King Institute of Preventive Medicine Micro-Biological Section reports 1909-11
Year: 1909
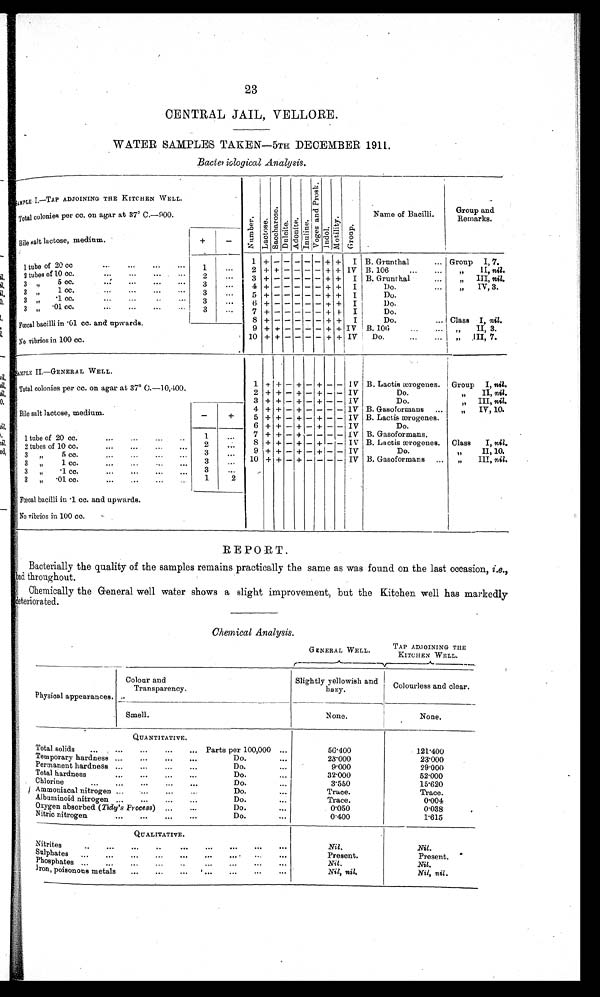
23
CENTRAL JAIL, VELLORE.
WATER SAMPLES TAKEN—5TH DECEMBER 1911.
Bacteriological Analysis .
SAMPLE I.—TAP ADJOINING THE KITCHEN WELL.
N u m b e r . La c t os e . S a c c h a r o s e . D u l c i t e .
A d o n i t e .
I n u l i n e . V o g e s a n d P r o s k .
I n d o l . Mot i l i t y. Group.
Name of Bacilli.
Group and
Remarks.
Total colonies per cc, on agar at 37° C .—900.
Bile salt lactose, medium.
+
-
1 tube of 20 cc
1
. . .
1 + - - - - - + + I B. Grunthal
... Group I, 7.
2 + + - - - - + + IV B. 106
„ I I ,
n i l .
2 tubes of 10 cc.
2
. . .
3 + -
- - - - + + I B. Grunthal
...
„
III, nil.
3 „
5 cc.
3
. . .
4 + -
- - - - + + I
Do.
„
IV, 3.
3 „ 1 cc.
...
... 3
. . .
5 + -
- - - - + +
I
Do.
3 „ .1 cc.
...
...
.. ...
3
. . .
6 + -
- - - -
+ +
I
Do.
3 „ .01 cc.
...
...
...
3
. . . 7 + -
- - - - + +
I
Do.
8 + -
- - - - + + I
Do.
... Class I, nil.
Fœcal bacilli in .01 c c . a n d u p wa r d s .
9 + + - - - -
+ + IV
B . 1 0 6 „ II, 3.
No vibrios in 100 cc.
10 + + - - - - + + IV Do.
...
... „ III, 7.
SAMPLE II.—GENERAL WELL.
1
+ +
- +
- +
- - IV B. Lactis ærogenes. Group I , nil.
Total colonies per cc. on agar at 37° C.—10,400.
2 + + - + - + - - IV
D o .
„ II, nil.
3
+
+ - + - + - - IV
Do.
„ I I I ,
n i l .
Bile salt lactose, medium.
-
+
4
+ + - + - - - - IV B. Gasoformans
„ IV, 10
5 + + - + - + - - IV B. Lactis ærogenes.
6 + + - + - + - - IV
Do.
1 tube of 20 cc....
...
. . .
1
. . .
7 + + - + - - - - IV B. Gasoformans.
.
8 + + - + - + - - IV B. Lactis ærogenes . Class I, nil.
2 tubes of 10 cc.
...
...
...
. . .
2
. . .
9 + + - + - + - - IV
Do.
„ II, 10.
3 „ 5 cc.
...
...
.... ...
3
. . .
10 + + - + - - - - IV B. Gasoformans ... „
III, nil.
3 „ 1 cc.
...
...
...
3 „ .1 cc.
...
...
...
...
3
...
3 „ .01 cc.
...
...
. . .
1
2
Fœcalb a c i l l ii
n . 1 c c .
a n d
upwards.
No vibrios in 100 cc.
REPORT.
Bacterially the quality of the samples remains practically the same as was found on the last occasion, i.e.,
bad throughout.
Chemically the General well water shows a slight improvement, but the Kitchen well has markedly
deteriorated.
Chemical Analysis .
GENERAL WELL.
TAP ADJOINING THE
KITCHEN WELL.
Physical appearances.
Colour and
Transparency.
Slightly yellowish and
hazy.
Colourless and clear.
Smell.
None.
None.
QUANTITATIVE.
Total solids ... ...
...
Parts per 100,000 ...
56.400
121.400
Temporary hardness ...
... ...
...
Do.
. . .
23.000
23.000
Permanent hardness ...
... ...
...
Do.
...
9.000
29.000
Total hardness
... ...
...
...
Do.
. . .
32.000
52.000
Chlorine
... ...
...
...
...
Do.
...
3.550
15.620
Ammoniacal nitrogen ...
... ...
Do.
. . .
Trace.
Trace.
Albuminoid nitrogen ..
... ...
Do.
...
Trace.
0.004
Oxygen absorbed (Tidy's Process) ...
...
Do.
. . .
0 . 0 5 0
0.038
Nitric nitrogen
...
...
...
...
Do.
. . .
0.400
1 . 6 1 5
QUALITATIVE.
Nitrites
...
...
Nil.
Nil.
Sulphates
. . .
...
. . .
. .
. . .
. . .
. . .
Present.
Present.
Phosphates ...
... ...
...
... ... ... ... ...
Nil.
Nil.
Iron, poisonous metals ... ... ... ... ... ... ...
Nil, nil.
Nil, nil.